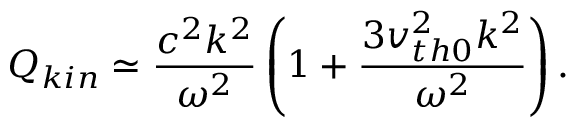
Q _ { k i n } \simeq \frac { c ^ { 2 } k ^ { 2 } } { \omega ^ { 2 } } \left( 1 + \frac { 3 v _ { t h 0 } ^ { 2 } k ^ { 2 } } { \omega ^ { 2 } } \right) .